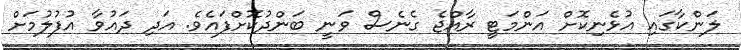
ލަންކާގައި އުޅެނިކޮށް އަންމަޓީ ރާއްޖެ ގެނެސް ވަނީ ބަންދުކޮށްފައެވެ. އަދި ދައުވާ އުފުލުމަށް